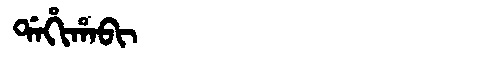
Manchu: ᡩᠠᡥᡳᡥᠠᠪᡳ
Romanization: DAHIHABI